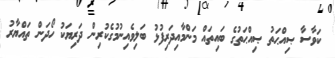
ކަވާސާ ޞިއްޙަތު ޞިއްޙަތުގެ ބައިތައް މަންމާއިދަރިފުޅު ބަލިވެއިނުމުގެކުރިން ދަރިޔަކު ހޯދަން ތައްޔާރު